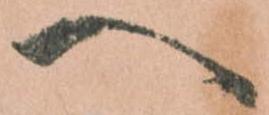
へ